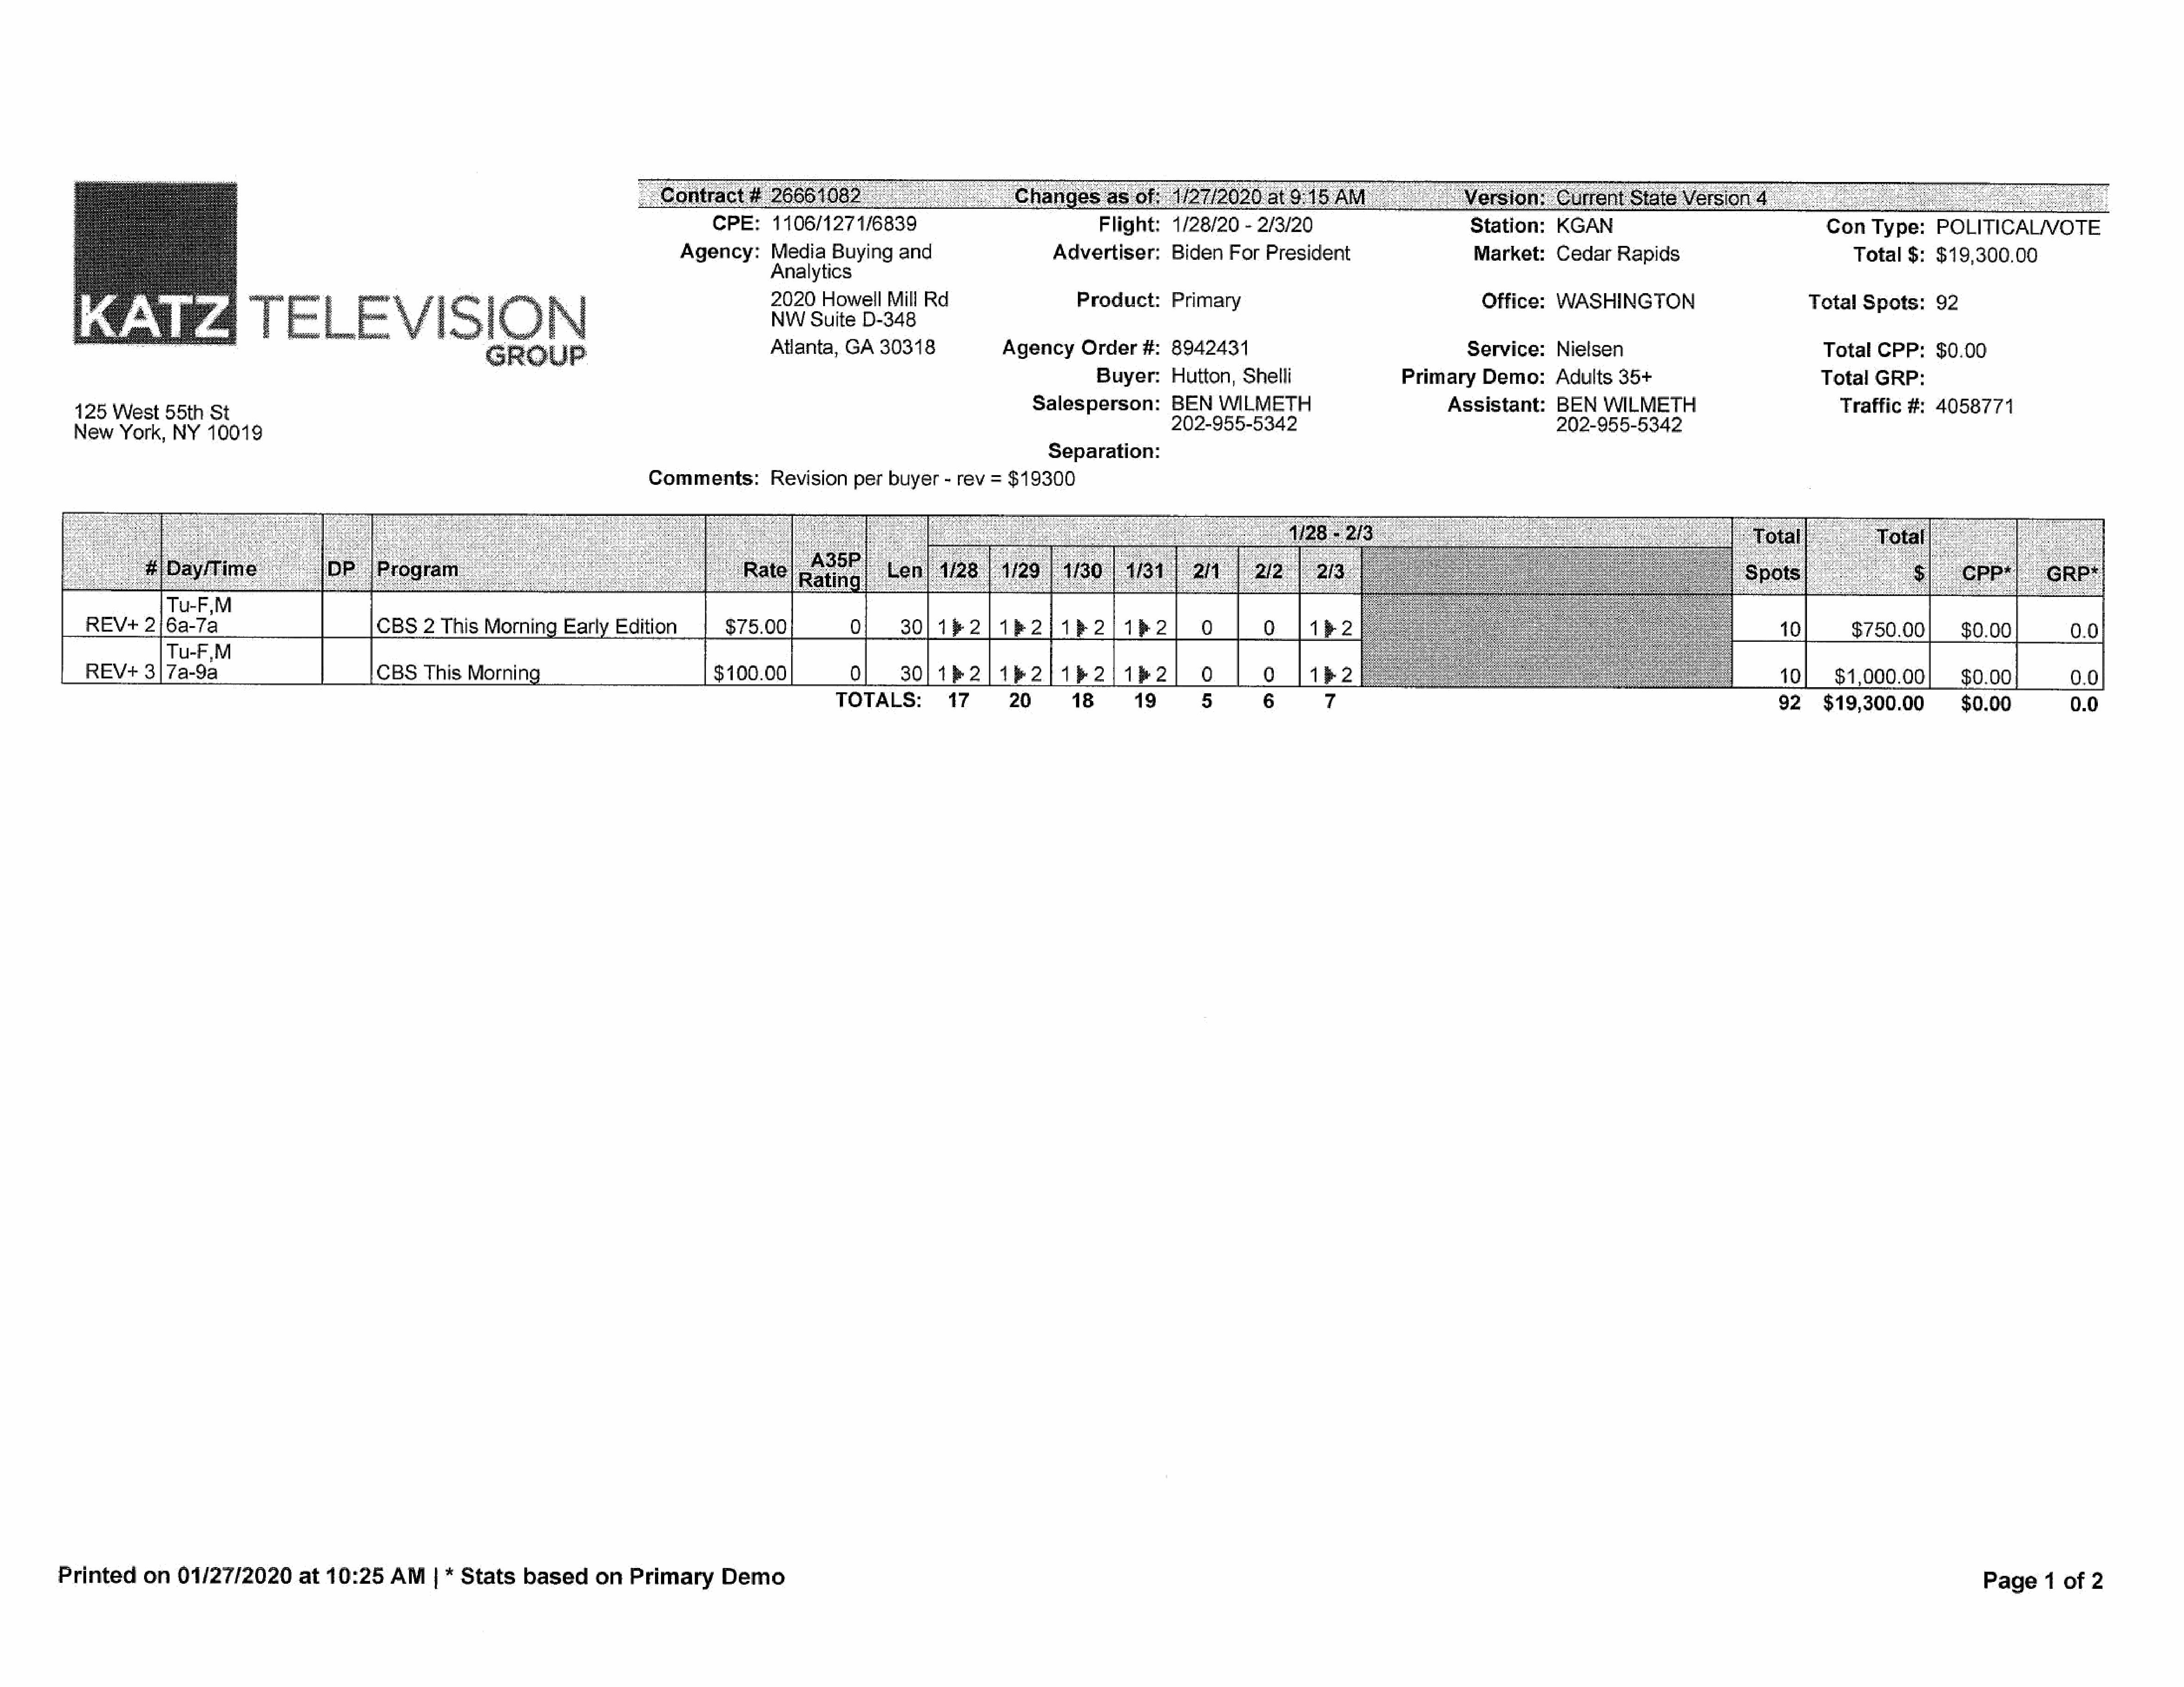
2666’                                    nges     as.           |                                    ersi                             i
 CPE:     1106/1271/6839                                Flight:    1/28/20   - 2/3/20                        Station:     KGAN                                  Con   Type:     POLITICAL/VVOTE
 Agency:      Mediaeuying        and                   Advertiser:      Biden   For  President                     Market:    Cedar    Rapids                            Total   $:  $19,300.00
 nalytics
 waur4                    TELEVISION                                                                NW    Sule   B48
 2020    Howell   Mill Rd                    Product:      Primary                                     Office:   WASHINGTON                          Total   Spots:     92
 ‘.                                          GROUP                                    Atlanta,   GA   30318            Agency      Order#:     8942431                                    Service:     Nielsen                               Total  CPP:     $0.00
 Buyer:     Hutton,   Shelli                Primary     Demo:     Adults   35+                          Total   GRP:
 Salesperson:        BEN   WILMETH                          Assistant:      BEN   WILMETH                           Traffic   #:  4058771
 125  West    55th  St
 New   York,   NY   10019                                                                                                                              ;     202-955-5342                                           202-955-5342
 ‘
 Separation:
 Comments:        Revision    per  buyer   - rev  = $19300
 Tu-F,M
 REV+     2/6a-7a                          CBS2     This  Morning     Early  Edition         $75.00            O|     30|/1%2      |1k2)     1b2/   1h2]         0        O     [162                                                                10        $750.00|       $0.00           0.0
 Tu-F,M
 REV+     3|7a-9a                          CBS    This  Morning                            $100.00             QO]    30}  1h2)1h2/162)1h2)                      0        oO    |1e2                                                                10}    $1,000.00}        $0.00           0.0
 TOTALS:          17      20       18       19        5        6       7                                                                92     $19,300.00         $0.00           0.0
 Printed      on  01/27/2020        at  10:25    AM    | * Stats    based     on   Primary      Demo                                                                                                                                                                                 Page1      of  2